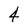
Character: 4